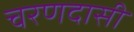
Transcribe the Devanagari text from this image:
चरणदासी